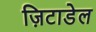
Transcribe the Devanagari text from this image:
ज़िटाडेल